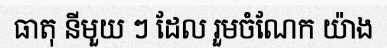
ធាតុ នីមួយ ៗ ដែល រួមចំណែក យ៉ាង